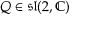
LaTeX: Q \in { \mathfrak { s l } } ( 2 , \mathbb { C } )